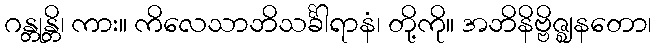
ဂန္တုန္တိ၊ ကား။ ကိလေသာဘိသင်္ခါရာနံ၊ တို့ကို။ အဘိနိဗ္ဗိဇ္ဈနတော၊